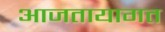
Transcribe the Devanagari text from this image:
आजतायागत